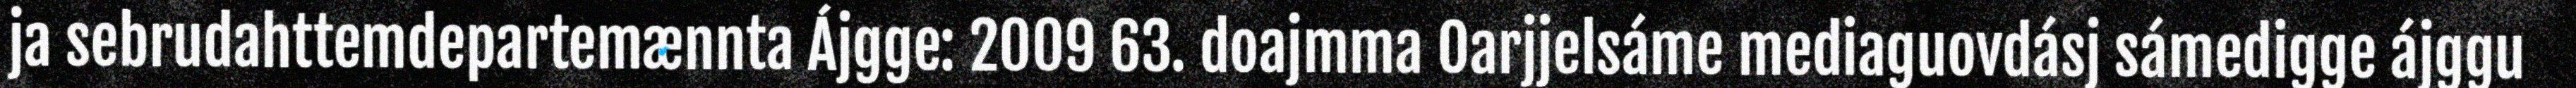
ja sebrudahttemdepartemænnta Ájgge: 2009 63. doajmma Oarjjelsáme mediaguovdásj sámedigge ájggu